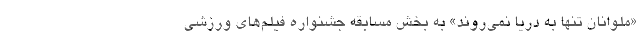
«ملوانان تنها به دریا نمی‌روند» به بخش مسابقه جشنواره فیلم‌های ورزشی